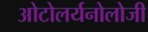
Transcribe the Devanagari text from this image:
ओटोलर्यनोलोजी